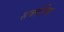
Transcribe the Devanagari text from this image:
सक्सेरिया